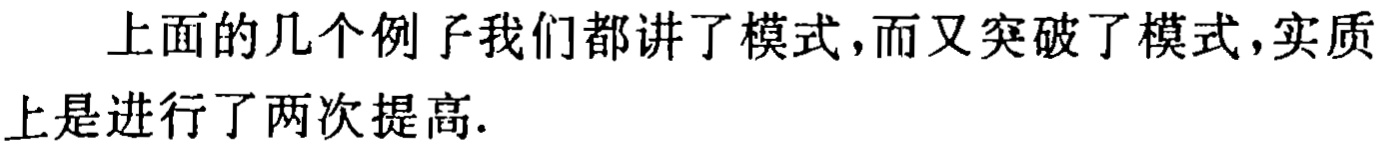
上面的几个例子我们都讲了模式,而又突破了模式,实质上是进行了两次提高.